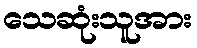
သေဆုံးသူအား